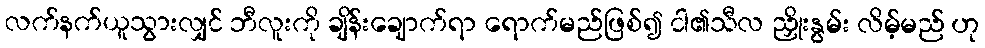
လက်နက်ယူသွားလျှင် ဘီလူးကို ချိန်းချောက်ရာ ရောက်မည်ဖြစ်၍ ငါ၏သီလ ညှိုးနွမ်း လိမ့်မည် ဟု